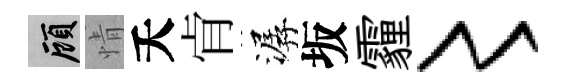
顧情夭肻潺坂霾〻